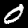
Label: 0